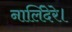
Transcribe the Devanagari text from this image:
नार्लिदेरे।